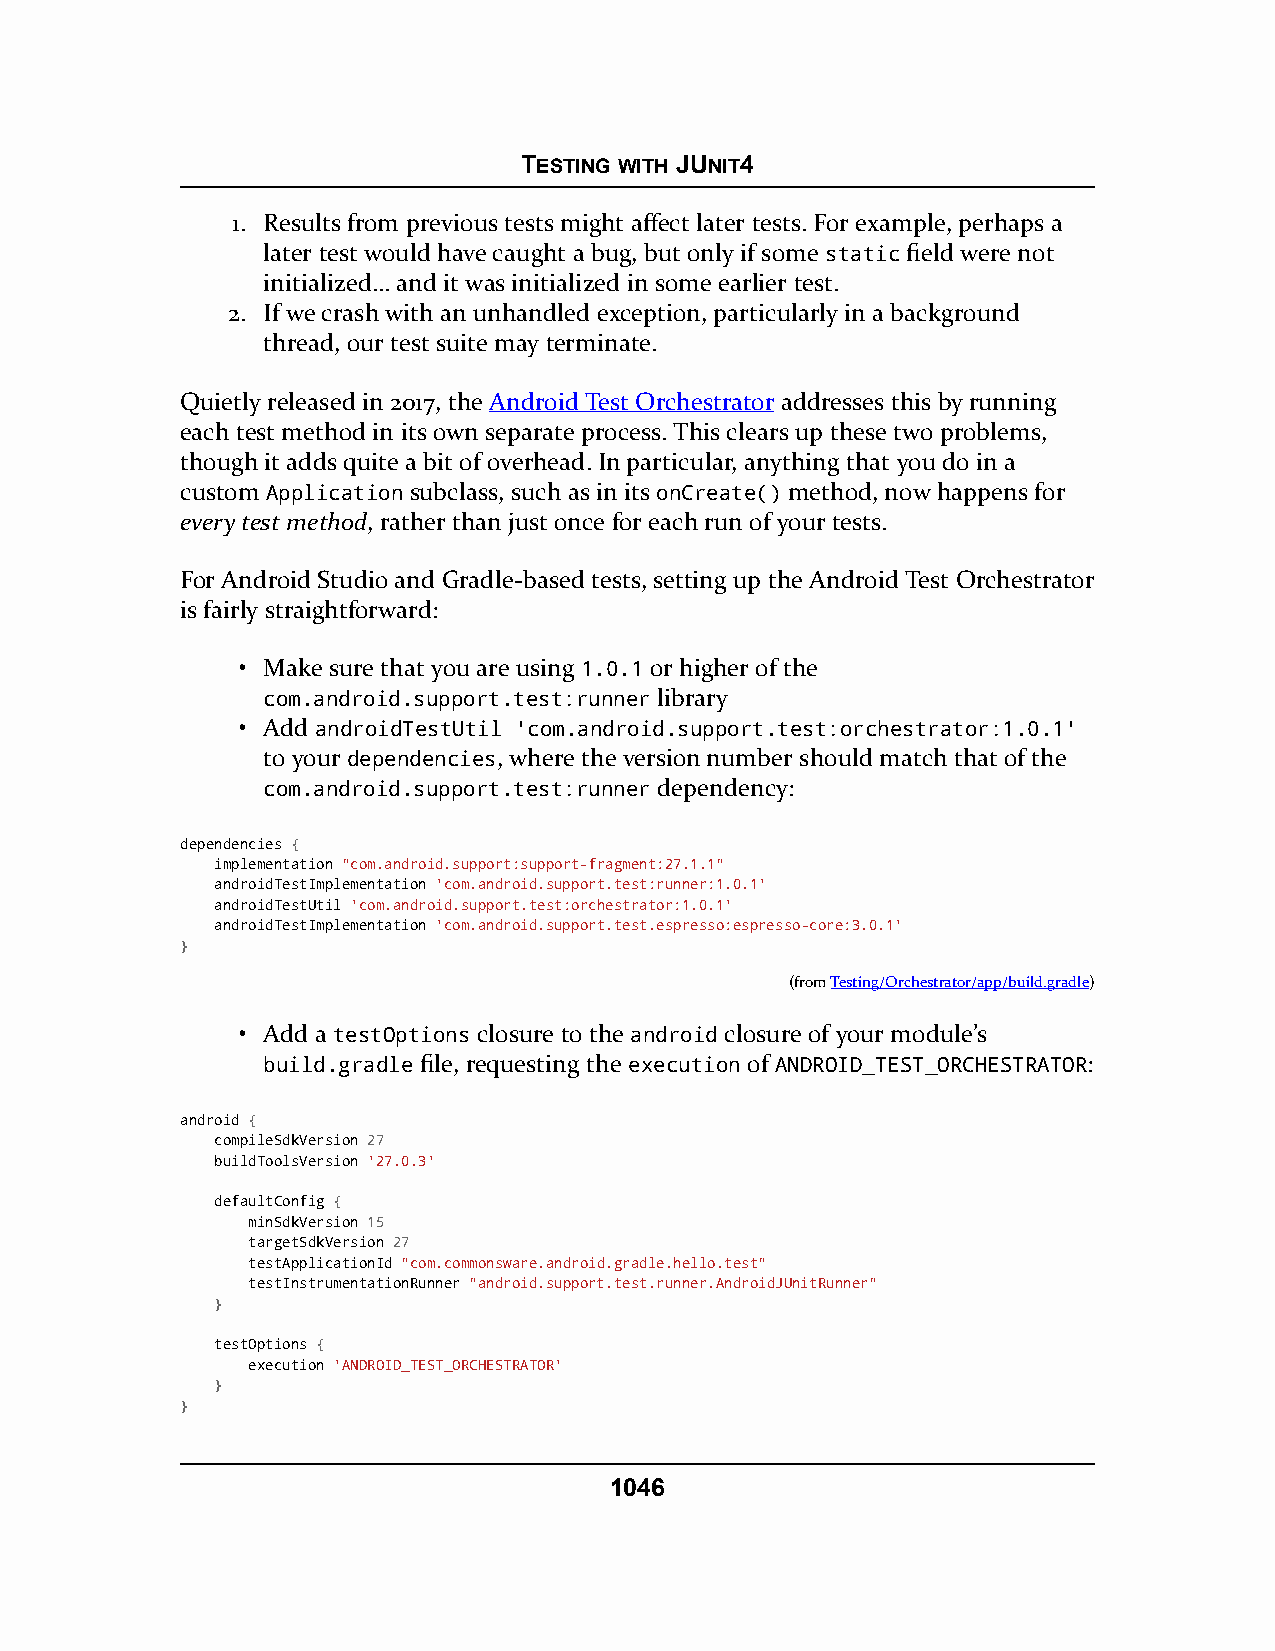
TESTING WITH JUNIT4
 1. Results from previous tests might affect later tests. For example, perhaps a
 later test would have caught a bug, but only if some static field were not
 initialized… and it was initialized in some earlier test.
 2. If we crash with an unhandled exception, particularly in a background
 thread, our test suite may terminate.
 Quietly released in 2017, the Android Test Orchestrator addresses this by running
 each test method in its own separate process. This clears up these two problems,
 though it adds quite a bit of overhead. In particular, anything that you do in a
 custom Application subclass, such as in its onCreate() method, now happens for
 every test method, rather than just once for each run of your tests.
 For Android Studio and Gradle-based tests, setting up the Android Test Orchestrator
 is fairly straightforward:
 • Make sure that you are using 1.0.1 or higher of the
 com.android.support.test:runner library
 • Add androidTestUtil 'com.android.support.test:orchestrator:1.0.1'
 to your dependencies, where the version number should match that of the
 com.android.support.test:runner dependency:
 dependencies {
 implementation "com.android.support:support-fragment:27.1.1"
 androidTestImplementation 'com.android.support.test:runner:1.0.1'
 androidTestUtil 'com.android.support.test:orchestrator:1.0.1'
 androidTestImplementation 'com.android.support.test.espresso:espresso-core:3.0.1'
 }
 (fromTesting/Orchestrator/app/build.gradle)
 • Add a testOptions closure to the android closure of your module’s
 build.gradle file, requesting the execution of ANDROID_TEST_ORCHESTRATOR:
 android {
 compileSdkVersion 27
 buildToolsVersion '27.0.3'
 defaultConfig {
 minSdkVersion 15
 targetSdkVersion 27
 testApplicationId "com.commonsware.android.gradle.hello.test"
 testInstrumentationRunner "android.support.test.runner.AndroidJUnitRunner"
 }
 testOptions {
 execution 'ANDROID_TEST_ORCHESTRATOR'
 }
 }
 1046